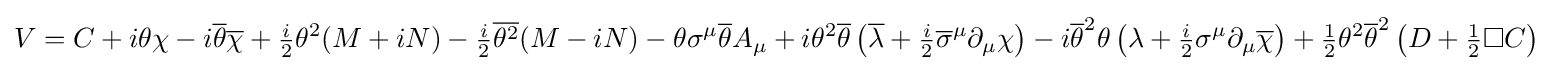
V=C+i\theta \chi -i{\overline {\theta }}{\overline {\chi }}+{\tfrac {i}{2}}\theta ^{2}(M+iN)-{\tfrac {i}{2}}{\overline {\theta ^{2}}}(M-iN)-\theta \sigma ^{\mu }{\overline {\theta }}A_{\mu }+i\theta ^{2}{\overline {\theta }}\left({\overline {\lambda }}+{\tfrac {i}{2}}{\overline {\sigma }}^{\mu }\partial _{\mu }\chi \right)-i{\overline {\theta }}^{2}\theta \left(\lambda +{\tfrac {i}{2}}\sigma ^{\mu }\partial _{\mu }{\overline {\chi }}\right)+{\tfrac {1}{2}}\theta ^{2}{\overline {\theta }}^{2}\left(D+{\tfrac {1}{2}}\Box C\right)